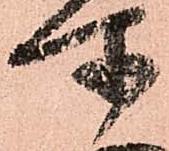
所